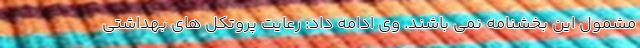
مشمول این بخشنامه نمی باشند. وی ادامه داد: رعایت پروتکل های بهداشتی